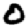
Digit: 0